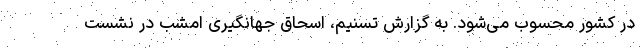
در کشور محسوب می‌شود. به گزارش تسنیم، اسحاق جهانگیری امشب در نشست